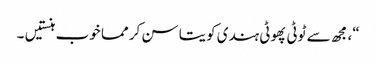
“، مجھ سے ٹوٹی پھوٹی ہندی کویتا سن کر مما خوب ہنستیں ۔